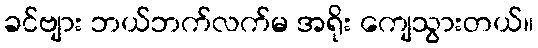
ခင်ဗျား ဘယ်ဘက်လက်မ အရိုး ကျေသွားတယ်။